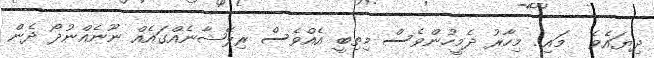
ދިޔައެވެ  މައި.. މިހާރު ދެމީހުންވެސް މިތިބީ އެއްވެސް ރިލޭޝާނެއްގައެއް ނޫނެއްނުދޯ ދެން